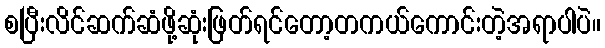
စပြီးလိင်ဆက်ဆံဖို့ဆုံးဖြတ်ရင်တော့တကယ်ကောင်းတဲ့အရာပါပဲ။